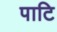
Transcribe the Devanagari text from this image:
पाटि